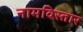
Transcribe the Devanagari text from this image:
नामविस्‍तार